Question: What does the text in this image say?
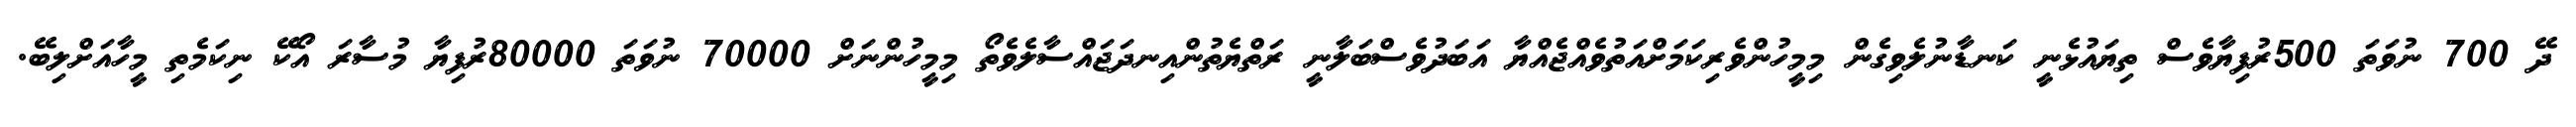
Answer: ދޭ 700 ނުވަތަ 500ރުފިޔާވެސް ތިޔައުޅެނީ ކަނޑާނުލެވިގެން މިމީހުންވެރިކަމަށްއަތުވެއްޖެއްޔާ އަބަދުވެސްބަލާނީ ރަތްޔެތުންއިނދަޖައްސާލެވެތޯ މިމީހުންނަށް 70000 ނުވަތަ 80000ރުފިޔާ މުސާރަ އޯކޭ ނިކަމެތި މީހާއަށްލިބޭ.